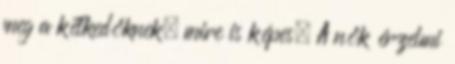
meg a kétkedőknek, mire is képes. A nők érzelmi